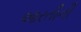
આરતીની